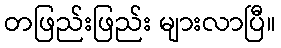
တဖြည်းဖြည်း များလာပြီ။